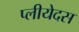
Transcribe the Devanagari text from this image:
प्लीयेदस